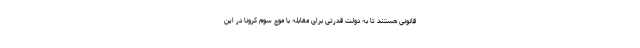
قانونی هستند تا به دولت قدرتی برای مقابله با موج سوم کرونا در این